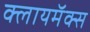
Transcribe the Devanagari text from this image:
क्लायमॅक्स